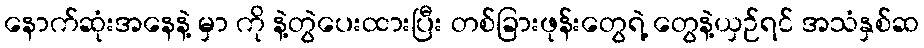
နောက်ဆုံးအနေနဲ့ မှာ ကို နဲ့တွဲပေးထားပြီး တစ်ခြားဖုန်းတွေရဲ့ တွေနဲ့ယှဉ်ရင် အသံနှစ်ဆ